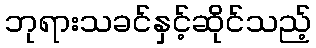
ဘုရားသခင်နှင့်ဆိုင်သည့်